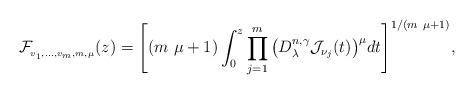
LaTeX: \begin{align*}\mathcal{F}_{_{v_{1},...,v_{m},m,\mu }}(z)=\Bigg[(m\ \mu+1)\int_{0}^{z}\prod_{j=1}^{m}\big(D_{\lambda }^{n,\gamma }\mathcal{J}_{\nu_{j}}(t)\big)^{\mu }dt\Bigg]^{1/(m\ \mu +1)}, \end{align*}